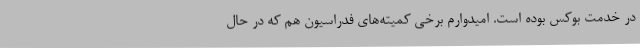
در خدمت بوکس بوده است. امیدوارم برخی کمیته‌های فدراسیون هم که در حال